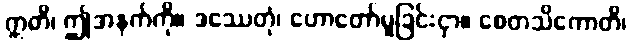
ဣတိ၊ ဤအနက်ကို။ ဒဿေတုံ၊ ဟောတော်မူခြင်းငှာ။ စေတသိကောတိ၊